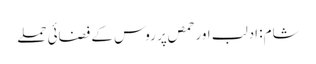
شام: ادلب اور حمص پر روس کے فضائی حملے